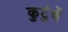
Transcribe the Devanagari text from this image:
कुटुंबें